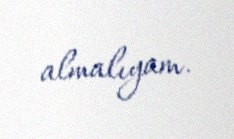
almalıyam.